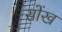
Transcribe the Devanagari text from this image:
सोंख